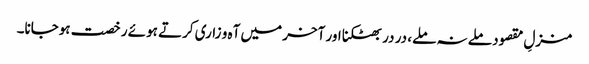
منزلِ مقصود ملے نہ ملے، در در بھٹکنا اور آخر میں آہ و زاری کرتے ہوئے رخصت ہوجانا۔